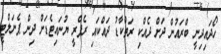
ހޯދައިދިނީ ބްރައުން ދަށް ދެއްކި ރަތްކާޑު ދައްކައި ރެފްރީ ޔުނައިޓެޑަށް ދިން ޕެނަލްޓީ